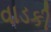
વાડકી